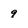
Character: 9